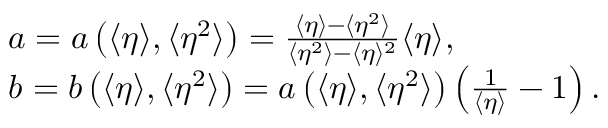
\begin{array} { r l } & { a = a \left( \langle \eta \rangle , \langle \eta ^ { 2 } \rangle \right) = \frac { \langle \eta \rangle - \langle \eta ^ { 2 } \rangle } { \langle \eta ^ { 2 } \rangle - \langle \eta \rangle ^ { 2 } } \langle \eta \rangle , } \\ & { b = b \left( \langle \eta \rangle , \langle \eta ^ { 2 } \rangle \right) = a \left( \langle \eta \rangle , \langle \eta ^ { 2 } \rangle \right) \left( \frac { 1 } { \langle \eta \rangle } - 1 \right) . } \end{array}